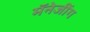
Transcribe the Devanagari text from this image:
मॅनेजींग